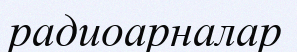
радиоарналар